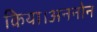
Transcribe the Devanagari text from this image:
किया।अननोन